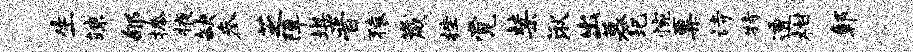
生竦郇捧掖缺参芝障堪晋猿崴挫觉禁湫出募圯惋粟诗特透柑鄣